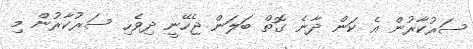
ސަރުކާރުން އެ ކަން ދާނެ ގޮތް ބަލަން ޖެހޭނީ ދިވެހި ސަރުކާރުން މި